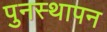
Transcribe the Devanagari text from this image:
पुनस्थापन